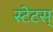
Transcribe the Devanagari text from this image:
स्टेटस्